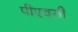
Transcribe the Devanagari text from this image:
पीएचसी